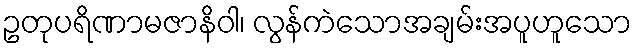
ဥတုပရိဏာမဇာနိဝါ၊ လွန်ကဲသောအချမ်းအပူဟူသော